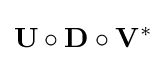
\mathbf {U} \circ \mathbf {D} \circ \mathbf {V} ^{*}